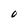
Character: O